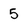
Character: 5